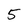
Character: 5